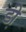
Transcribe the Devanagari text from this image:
डी़